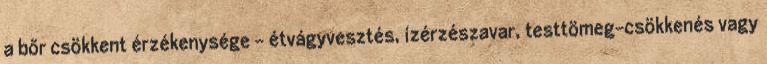
a bőr csökkent érzékenysége - étvágyvesztés, ízérzészavar, testtömeg-csökkenés vagy